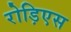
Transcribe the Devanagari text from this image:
रोड़िएस